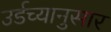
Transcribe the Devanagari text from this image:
उर्डच्यानुसार